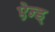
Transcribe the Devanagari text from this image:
ऐन्ड्